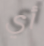
أي